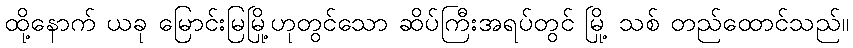
ထို့နောက် ယခု မြောင်းမြမြို့ဟုတွင်သော ဆိပ်ကြီးအရပ်တွင် မြို့ သစ် တည်ထောင်သည်။